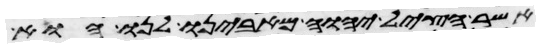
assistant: אשר הציל יהוה מאבינו לנו הוא